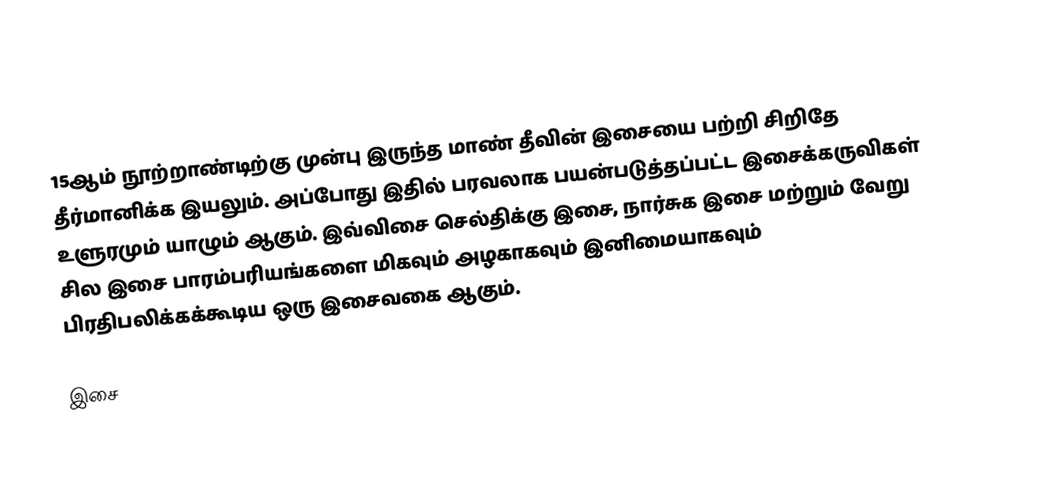
15ஆம் நூற்றாண்டிற்கு முன்பு இருந்த மாண் தீவின் இசையை பற்றி சிறிதே தீர்மானிக்க இயலும். அப்போது இதில் பரவலாக பயன்படுத்தப்பட்ட இசைக்கருவிகள் உளுரமும் யாழும் ஆகும். இவ்விசை செல்திக்கு இசை, நார்சுக இசை மற்றும் வேறு சில இசை பாரம்பரியங்களை மிகவும் அழகாகவும் இனிமையாகவும் பிரதிபலிக்கக்கூடிய ஒரு இசைவகை ஆகும்.

இசை